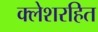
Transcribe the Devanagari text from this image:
क्लेशरहित